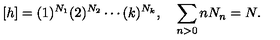
[ h ] = ( 1 ) ^ { N _ { 1 } } ( 2 ) ^ { N _ { 2 } } \cdots ( k ) ^ { N _ { k } } , \quad \sum _ { n > 0 } n N _ { n } = N .